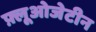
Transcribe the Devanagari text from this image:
फ़्लूओजेटीन